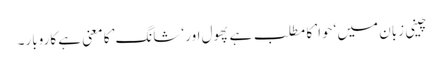
چینی زبان میں ‘حوا’ کا مطلب ہے پھول اور ‘شانگ’ کا معنی ہے کاروبار۔